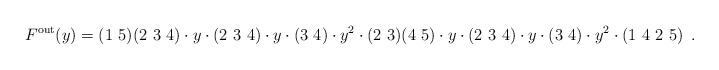
LaTeX: \begin{align*}F^{\mathrm{out}}(y) = (1\ 5)(2\ 3\ 4) \cdot y \cdot (2\ 3\ 4) \cdot y \cdot (3\ 4) \cdot y^2 \cdot (2\ 3)(4\ 5) \cdot y \cdot (2\ 3\ 4) \cdot y \cdot (3\ 4) \cdot y^2 \cdot (1\ 4\ 2\ 5) \enspace.\end{align*}